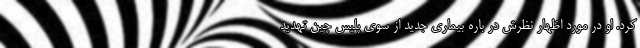
کرد. او در مورد اظهار نظرش در باره بیماری جدید از سوی پلیس چین تهدید